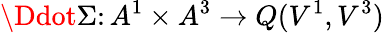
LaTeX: \Ddot{\Sigma}\colon A^{1}\times A^{3}\to Q(V^{1},V^{3})